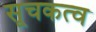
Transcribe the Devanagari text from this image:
सूचकत्व